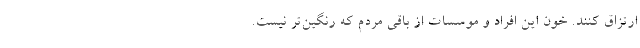
ارتزاق کنند. خون این افراد و موسسات از باقی مردم که رنگین‌تر نیست.